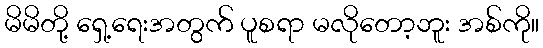
မိမိတို့ ရှေ့ရေးအတွက် ပူစရာ မလိုတော့ဘူး အစ်ကို။